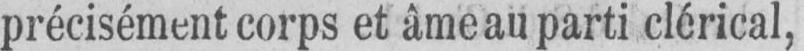
précisément corps et âme au parti clérical,